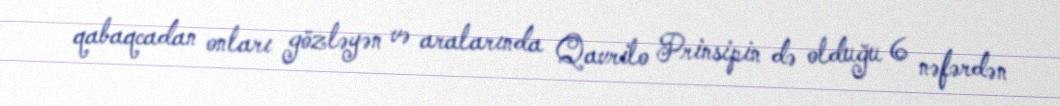
qabaqcadan onları gözləyən və aralarında Qavrilo Prinsipin də olduğu 6 nəfərdən